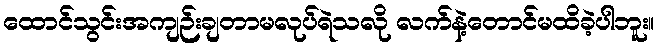
ထောင်သွင်းအကျဉ်းချတာမလုပ်ရဲသလို လက်နဲ့တောင်မထိခဲ့ပါဘူး။